Civil Veterinary Department Bengal reports 1923-33 - 1923-1933
Year: 1923
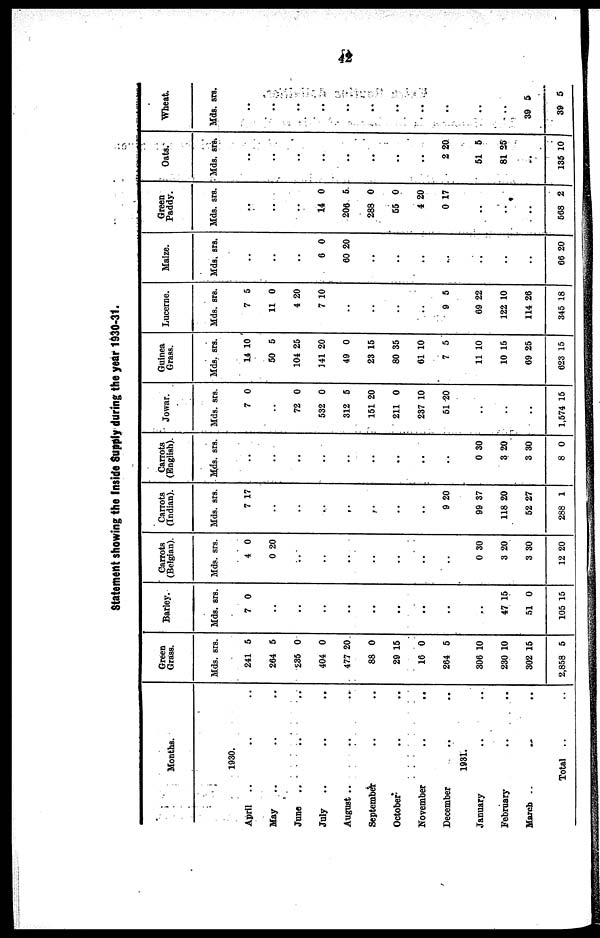
42
Statement showing the Inside Supply during the year 1930-31.
Months.
April ..
May
..
June
July
..
August ..
September
October
November
December
January
February
March
1930.
.. ..
.. ..
.. ..
.. ..
.. ..
.. ..
.. ..
.. ..
.. ..
1931.
.. ..
.. ..
.. ..
Total
Green
Grass.
Mds. srs.
241 5
264 5
236 0
404 0
477 20
88 0
29 15
16 0
264 5
306 10
230 10
302 15
2,858 5
Barley.
Mds. srs.
7 0
..
..
..
..
..
..
..
..
47 15
51 0
105 15
Carrots
(Belgian).
Mds. srs.
4 0
0 20
..
..
..
..
..
..
..
0 30
3 20
3 30
12 20
Carrots
(Indian).
Mds. srs.
7 17
..
..
..
..
..
..
..
9 20
99 37
118 20
52 27
288 1
Carrots
(English).
Mds. srs.
..
..
..
..
..
..
..
..
..
0 30
3 20
3 30
8 0
Jowar.
Mds. srs.
7 0
..
72 0
532 0
312 5
151 20
211 0
237 10
51 20
1,574 15
Guinea
Grass.
Mds. srs.
14 10
50 6
104 25
141 20
49 0
23 15
80 35
61 10
7 5
11 10
10 15
69 25
623 15
Lucerne.
Mds. srs.
7 5
11 0
4 20
7 10
..
..
..
..
9 5
69 22
122 10
114 26
345 18
Maize.
Mds. srs.
..
..
..
6 0
60 20
..
..
..
..
..
..
..
66 20
Green
Paddy.
Mds. srs.
..
..
..
14 0
206 5
288 0
55 0
4 20
0 17
..
..
..
568 2
Oats.
Mds. srs.
..
..
..
..
..
..
..
..
2 20
51 5
81 25
..
135 10
Wheat.
Mds. srs.
..
..
..
...
..
..
....
..
..
..
..
39 5
39 5